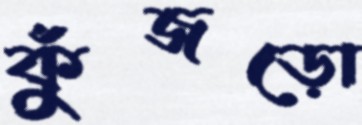
কুঁজড়ো